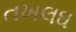
તખલઘ